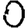
Digit: 0